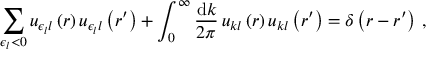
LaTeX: \sum _ { \epsilon _ { l } < 0 } u _ { \epsilon _ { l } l } \left( r \right) u _ { \epsilon _ { l } l } \left( r ^ { \prime } \right) + \int _ { 0 } ^ { \infty } \frac { \mathrm { d } k } { 2 \pi } \, u _ { k l } \left( r \right) u _ { k l } \left( r ^ { \prime } \right) = \delta \left( r - r ^ { \prime } \right) \, ,